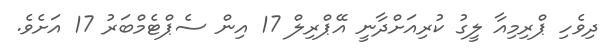
ދިވެހި ޕްރިމިއާ ލީގު ކުރިއަށްދާނީ އޭޕްރިލް 17 އިން ސެޕްޓެމްބަރު 17 އަށެވެ.